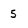
Character: 5